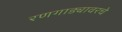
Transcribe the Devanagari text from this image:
रणगाड्यावरचे